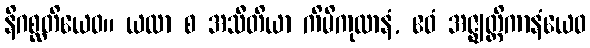
နိဂစ္ဆတိယေဝ။ ယထာ စ အသီတိယာ ကိမိကုလာနံ, ဧဝံ အဇ္ဈတ္တိကာနံယေဝ